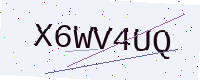
Text: X6WV4UQ